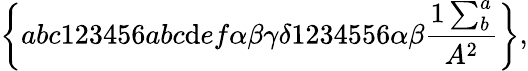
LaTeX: \left\{ abc123456abc\mathrm{d}ef\alpha\beta\gamma\delta1234556\alpha\beta\frac{{1\sum_{b}^{a}}}{{A^{2}}}\right\} ,